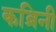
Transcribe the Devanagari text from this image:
कब्रिनी